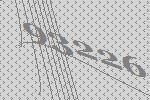
93226